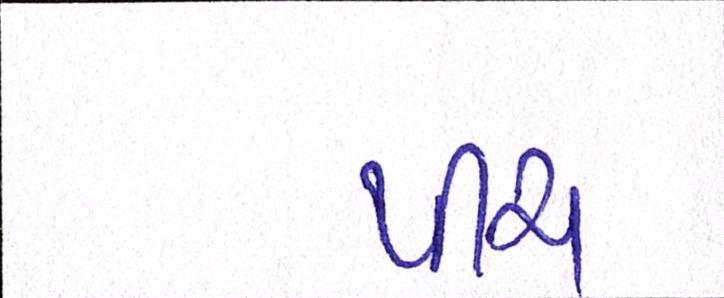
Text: પીચ